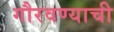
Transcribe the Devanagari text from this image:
गौरवण्याची